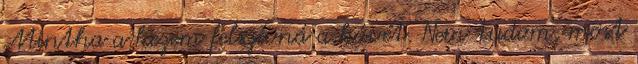
Mintha a kezem felszívná a kávét. Nem tudom, most